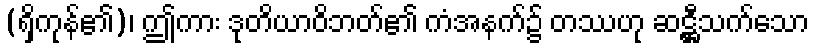
(ရှိကုန်၏)၊ ဤကား ဒုတိယာဝိဘတ်၏ ကံအနက်၌ တဿဟု ဆဋ္ဌီသက်သော